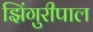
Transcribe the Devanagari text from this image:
झिंगुरीपाल